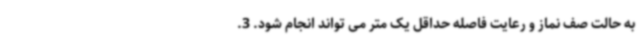
به حالت صف نماز و رعایت فاصله حداقل یک متر می تواند انجام شود. 3.